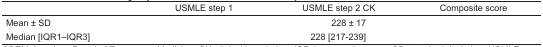
<table><thead><tr><td>[EMPTY_CELL]</td><td><b>USMLE step 1</b></td><td><b>USMLE step 2 CK</b></td><td><b>Composite score</b></td></tr></thead><tbody><tr><td>Mean ± SD</td><td>[EMPTY_CELL]</td><td>228 ± 17</td><td>[EMPTY_CELL]</td></tr><tr><td>Median [IQR1–IQR3]</td><td>[EMPTY_CELL]</td><td>228 [217–239]</td><td>[EMPTY_CELL]</td></tr></tbody></table>